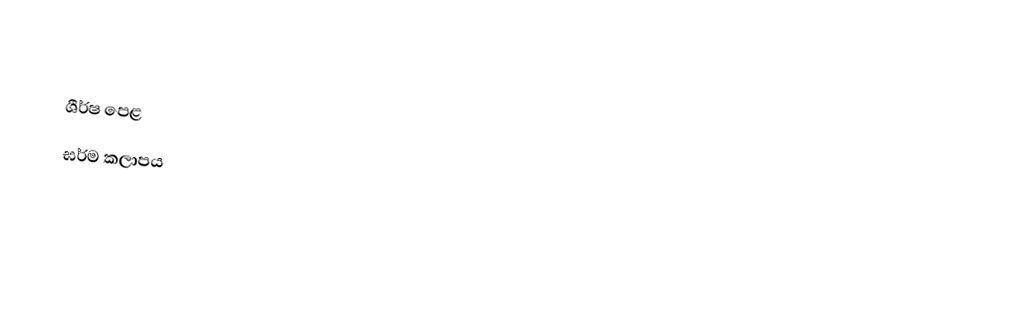

ශීර්ෂ පෙළ
ඝර්ම කලාපය